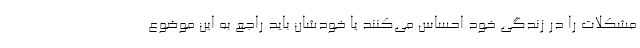
مشکلات را در زندگی خود احساس می‌کنند یا خودشان باید راجع ‌به این موضوع